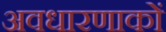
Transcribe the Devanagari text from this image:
अवधारणाकों